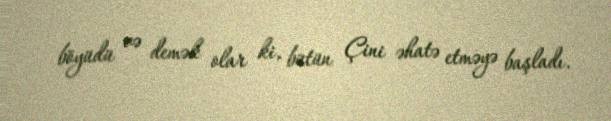
böyüdü və demək olar ki, bütün Çini əhatə etməyə başladı.